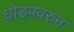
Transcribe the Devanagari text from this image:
धोडपवरुन